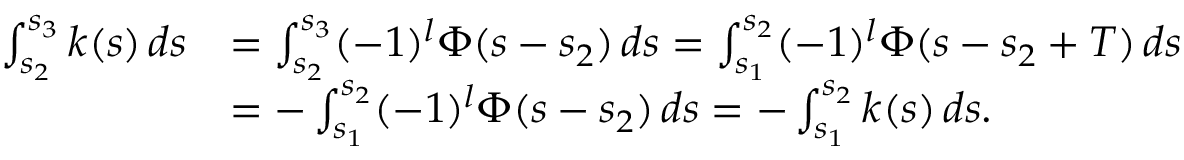
\begin{array} { r l } { \int _ { s _ { 2 } } ^ { s _ { 3 } } k ( s ) \, d s } & { = \int _ { s _ { 2 } } ^ { s _ { 3 } } ( - 1 ) ^ { l } \Phi ( s - s _ { 2 } ) \, d s = \int _ { s _ { 1 } } ^ { s _ { 2 } } ( - 1 ) ^ { l } \Phi ( s - s _ { 2 } + T ) \, d s } \\ & { = - \int _ { s _ { 1 } } ^ { s _ { 2 } } ( - 1 ) ^ { l } \Phi ( s - s _ { 2 } ) \, d s = - \int _ { s _ { 1 } } ^ { s _ { 2 } } k ( s ) \, d s . } \end{array}